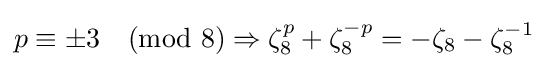
{\textstyle p\equiv \pm 3{\pmod {8}}\Rightarrow \zeta _{8}^{p}+\zeta _{8}^{-p}=-\zeta _{8}-\zeta _{8}^{-1}}